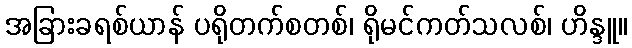
အခြားခရစ်ယာန် ပရိုတက်စတစ်၊ ရိုမင်ကတ်သလစ်၊ ဟိန္ဒူ။